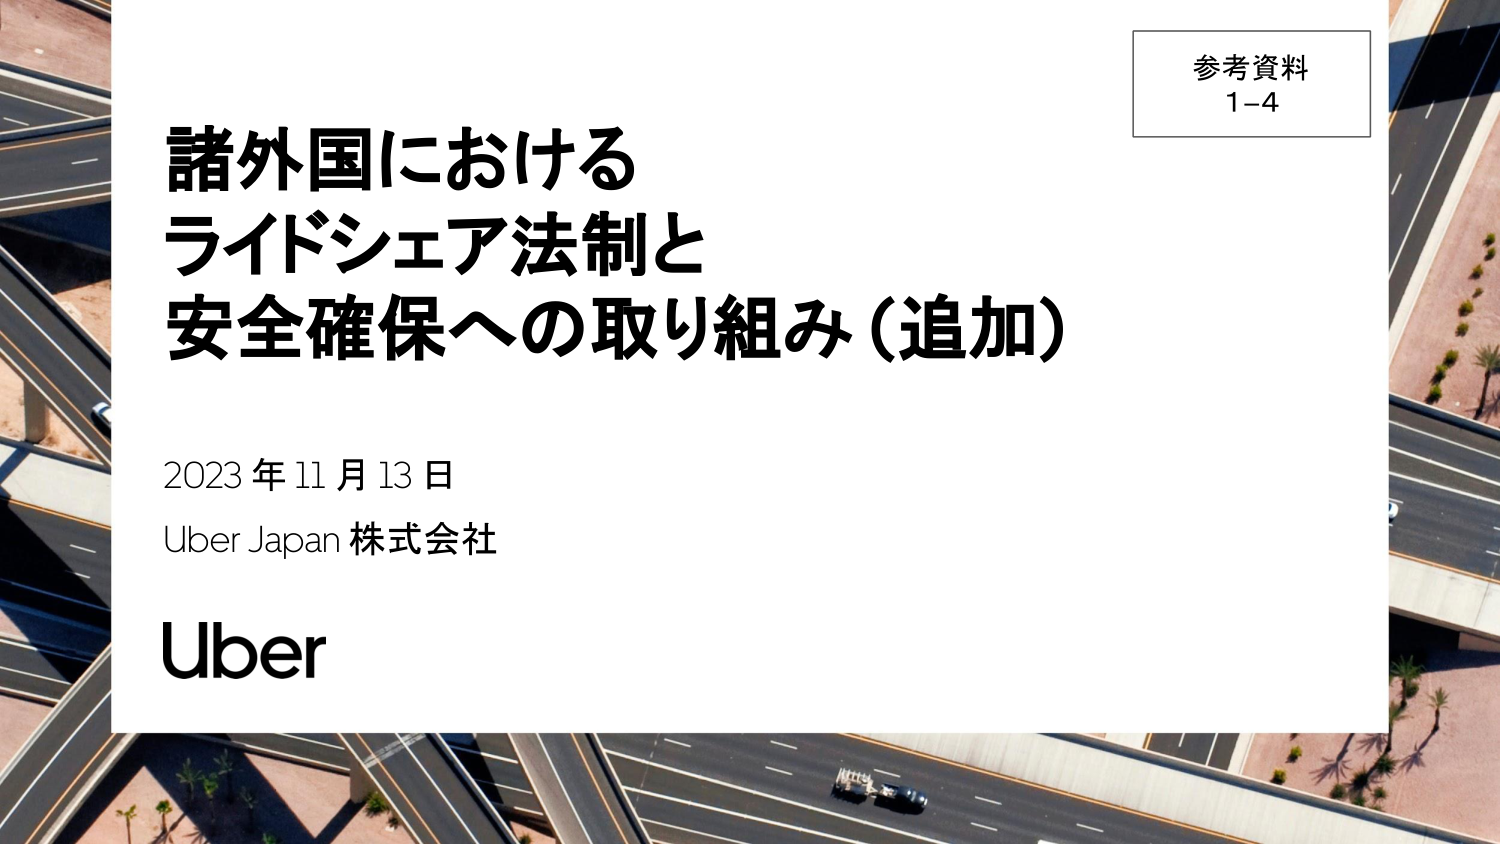
参考資料
1-4

諸外国における
ライドシェア法制と
安全確保への取り組み（追加）

2023年11月13日
Uber Japan 株式会社
Uber